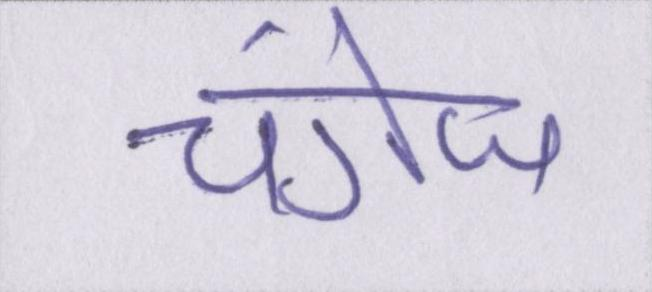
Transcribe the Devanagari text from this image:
चंगेज